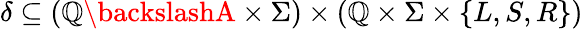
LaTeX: \delta\subseteq\left(\mathbb{Q}\backslashA\times\Sigma\right)\times\left(\mathbb{Q}\times\Sigma\times\{ L,S,R\} \right)